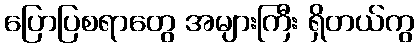
ပြောပြစရာတွေ အများကြီး ရှိတယ်ကွ